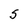
Character: S